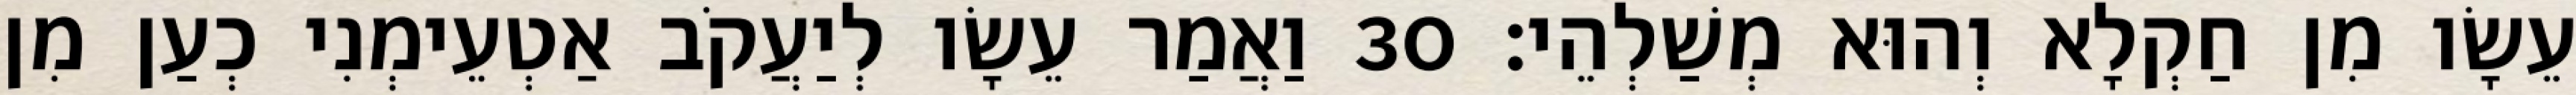
עֵשָׂו מִן חַקְלָא וְהוּא מְשַׁלְהֵי׃ 30 וַאֲמַר עֵשָׂו לְיַעֲקֹב אַטְעֵימְנִי כְעַן מִן